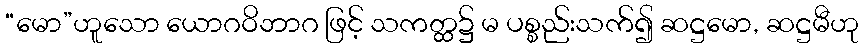
“မော”ဟူသော ယောဂဝိဘာဂ ဖြင့် သကတ္ထ၌ မ ပစ္စည်းသက်၍ ဆဋ္ဌမော, ဆဋ္ဌမီဟု